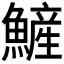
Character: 𩻏